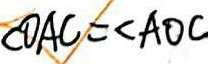
\angle O A C = \angle A O C